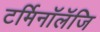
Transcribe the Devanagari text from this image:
टर्मिनॉलॅजि